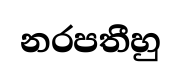
නරපතීහු